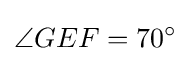
\angle {GEF}=70^{\circ }